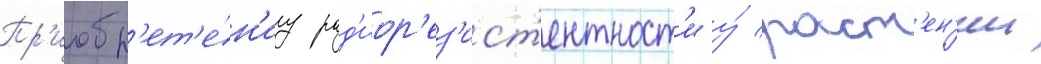
Пр'иобр'ет'е́н'иу рад'иор'ез'ист'ентност'и у́ раст'ен'ии